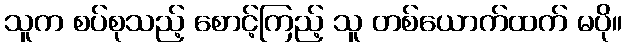
သူက စပ်စုသည့် စောင့်ကြည့် သူ တစ်ယောက်ထက် မပို။